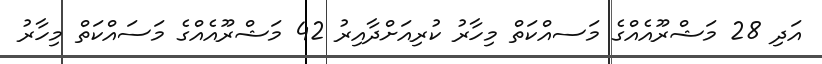
އަދި 28 މަޝްރޫއެއްގެ މަަސއްކަތް މިހާރު ކުރިއަށްދާއިރު 42 މަޝްރޫއެއްގެ މަސައްކަތް މިހާރު